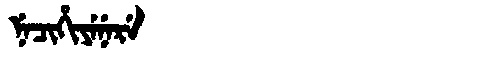
Manchu: ᠨᡝᠴᡳᡥᡳᠶᡝᠨᡝᡵᡝ
Romanization: NECIHIYENERE